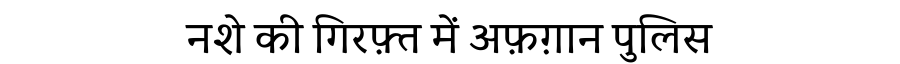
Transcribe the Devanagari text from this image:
नशे की गिरफ़्त में अफ़ग़ान पुलिस